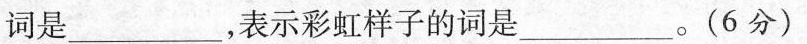
词是___，表示彩虹样子的词是___。(6分)